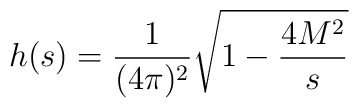
h(s)=\frac 1{(4\pi )^2}\sqrt{1-\frac{4M^2}s}